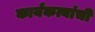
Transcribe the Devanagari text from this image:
कार्यकत्यांची